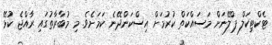
ޓެކްޓިކަލް ޕްލޭނަށް މަސައްކަތް ކުރުމަށް އިސްކަންދޭނެ ކަމަށެވެ. މި މުބާރާތުގައި ރާއްޖެ ކުޅޭ